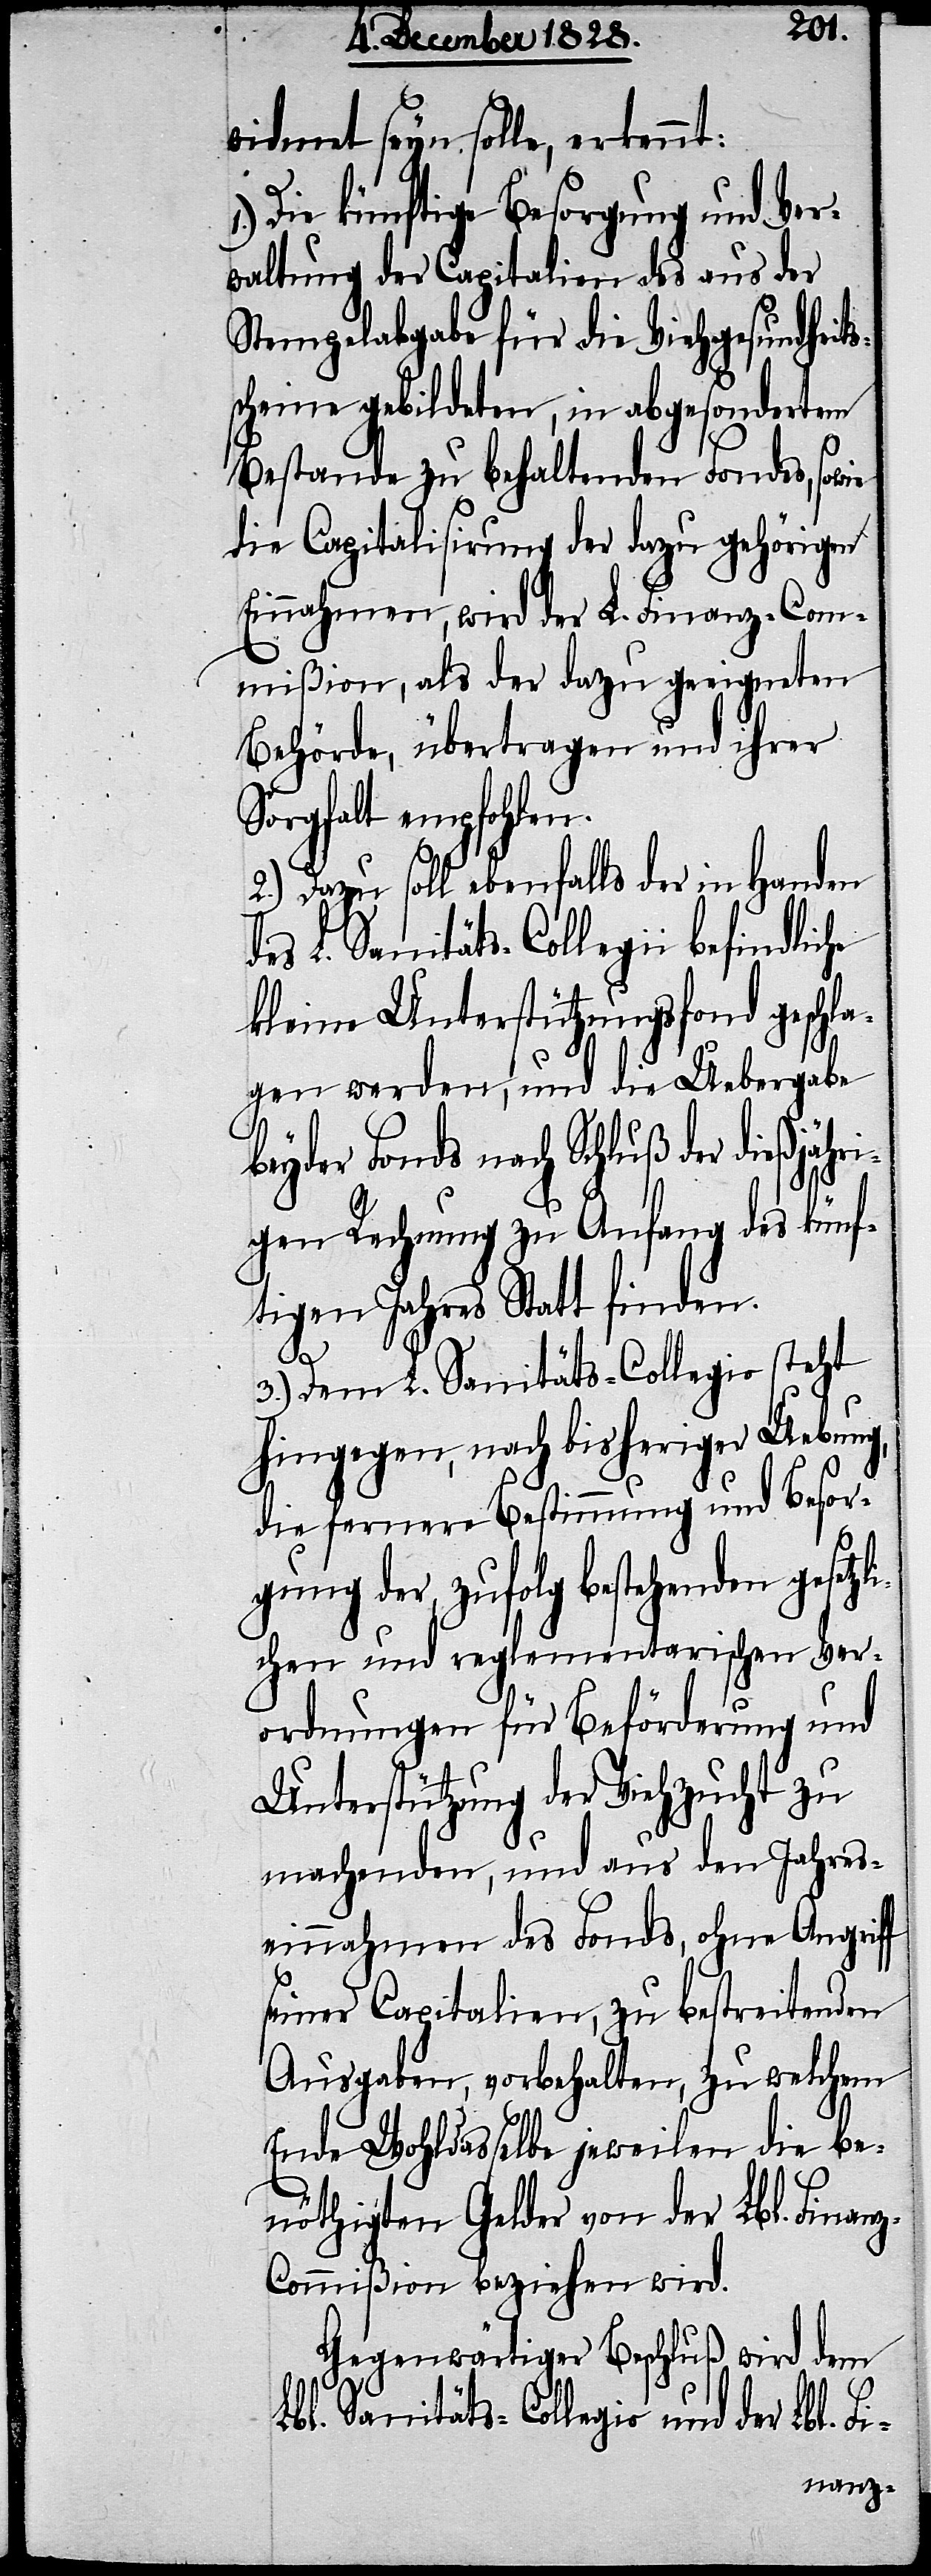
widmet seyn solle, erkennt:
Die künftige Besorgung und Ver¬
waltung der Capitalien des aus der
Stempelabgabe für die Viehgesundheit¬
scheine gebildeten, in abgesondertem
Bestande zu behaltenden Fondes, sowie
die Capitalisirung der dazu gehörigen
Einnahmen, wird der L. Finanz-Com¬
mißion, als der dazu geeigneten
Behörde, übertragen und ihrer
Sorgfalt empfohlen.
2.) Dazu soll ebenfalls der in Handen
des L. Sanitäts-Collegii befindliche
kleine Unterstützungsfond geschl¬
agen werden, und die Uebergabe
beyder Fonds nach Schluß der dießjähr¬
igen Rechnung zu Anfang des künf¬
tigen Jahres Statt finden.
s¬
3.) Dem L. Sanitäs-Collegio steht
hingegen, nach bisheriger Uebung,
die fernere Bestimmung und Besor¬
gung der, zufolg bestehenden gesetzl¬
ichen und reglementarischen Ver¬
ordnungen für Beförderung und
Unterstützung der Viehzucht zu
machenden, und aus den Jahres¬
einnahmen des Fonds, ohne Angriff
seiner Capitalien, zu bestreitenden
Ausgaben, vorbehalten, zu welchem
Ende Wohldasselbe jeweilen die be¬
nöthigten Gelder von der Lbl. Finan¬
z-Commißion beziehen wird.
Gegenwärtiger Beschluß wird dem
Lbl. Sanitäts-Collegio und der Lbl. Fi-